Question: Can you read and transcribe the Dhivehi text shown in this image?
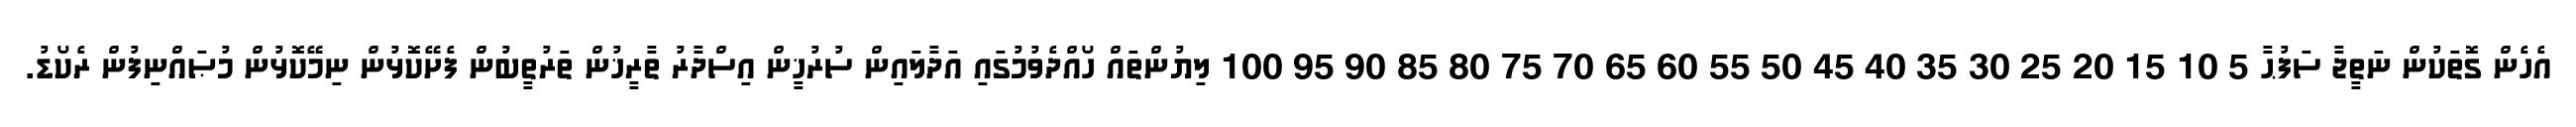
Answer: އެހެން ގޮތަކުން ނަތީޖާ ސަފުޙާ 5 10 15 20 25 30 35 40 45 50 55 60 65 70 75 80 85 90 95 100 ލިޔުންތައް ހޯއްދެވުމުގައި އަދާލައިން ސުރުޚީން އިސްދާރު ތާރީޚުން ތަރުތީބުން ފެށޭކޮޅުން ނިމޭކޮޅުން މުޞައްނިފުން ރެކޯޑު.